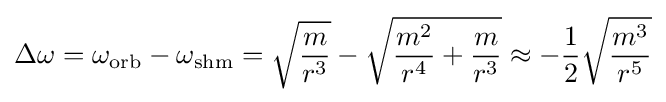
\Delta \omega =\omega _{\rm {orb}}-\omega _{\rm {shm}}={\sqrt {\frac {m}{r^{3}}}}-{\sqrt {{\frac {m^{2}}{r^{4}}}+{\frac {m}{r^{3}}}}}\approx -{\frac {1}{2}}{\sqrt {\frac {m^{3}}{r^{5}}}}